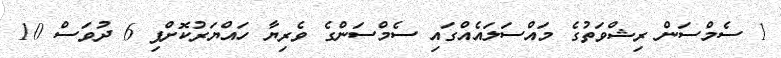
1 ސެމްސަން ރިޝްވަތުގެ މައްސަލައެއްގައި ސެމްސަންގެ ވެރިޔާ ހައްޔަރުކޮށްފި 6 ދުވަސް 10